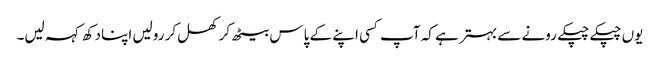
یوں چپکے چپکے رونے سے بہتر ہے کہ آپ کسی اپنے کے پاس بیٹھ کر کھل کر رولیں اپنا دکھ کہہ لیں۔